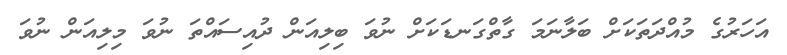
އަހަރުގެ މުއްދަތަކަށް ބަލާނަމަ ގާތްގަނޑަކަށް ނުވަ ބިލިއަން ދުއިސައްތަ ނުވަ މިލިއަން ނުވަ